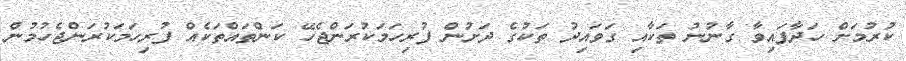
ކުރުމަށް ހަދާފައިވާ ގާނުނު ތަކާއި ގަވައިދު ތަކުގެ ދަށުން ފުރިހަމަކުރަންޖެހޭ ކަންތައްތަކެއް ފުރިހަމަކުރަންޖެހުމުން